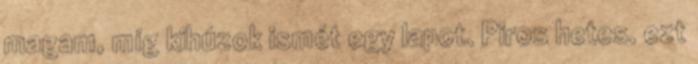
magam, míg kihúzok ismét egy lapot. Piros hetes. ezt